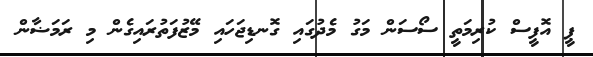
ޕީ އޮފީސް ކުރިމަތީ ސޯސަން މަގު މެދުގައި ގޮނޑިޖަހައި މޭޒުފަތުރައިގެން މި ރަމަޟާން